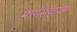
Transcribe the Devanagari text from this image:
मार्गसहायम